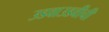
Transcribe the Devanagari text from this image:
उडवाउडवीची